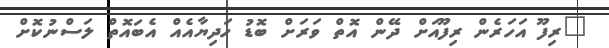
"ރިފޫ އަހަރެން ރިފޫއަށް ދޭން އޮތް ވަރަށް ބޮޑު ހަދިޔާއެއް އެބައޮތް ލަސްނުކޮށް